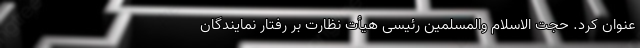
عنوان کرد. حجت الاسلام والمسلمین رئیسی هیأت نظارت بر رفتار نمایندگان